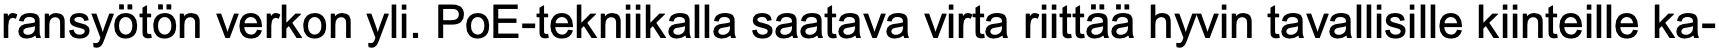
ransyötön verkon yli. PoE-tekniikalla saatava virta riittää hyvin tavallisille kiinteille ka-